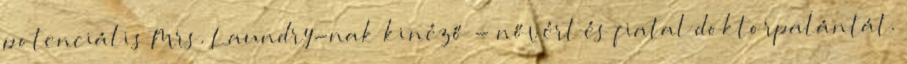
potenciális Mrs. Laundry-nak kinéző - nővért és fiatal doktorpalántát.